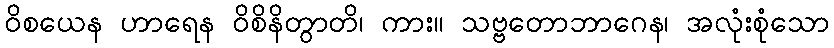
ဝိစယေန ဟာရေန ဝိစိနိတွာတိ၊ ကား။ သဗ္ဗတောဘာဂေန၊ အလုံးစုံသော